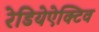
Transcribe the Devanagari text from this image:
रेडियेऐक्टिव